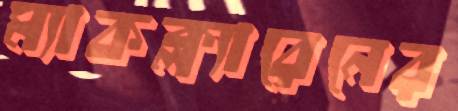
ম্যাকক্ল্যারেনের